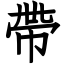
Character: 帶